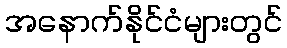
အနောက်နိုင်ငံများတွင်